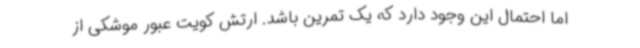
اما احتمال این وجود دارد که یک تمرین باشد. ارتش کویت عبور موشکی از